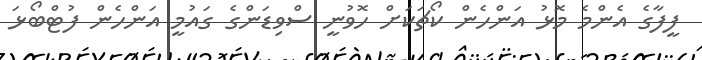
ފީފާގެ އެންމެ މޮޅު އަންހެން ކޯޗަކަށް ހޮވުނީ ސްވިޑަންގެ ގައުމީ އަންހެން ފުޓްބޯޅަ